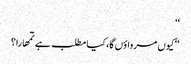
‘‘
‘‘کیوں مرواؤں گا، کیا مطلب ہے تمھارا؟